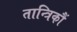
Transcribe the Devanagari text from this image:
तान्त्रिकौं